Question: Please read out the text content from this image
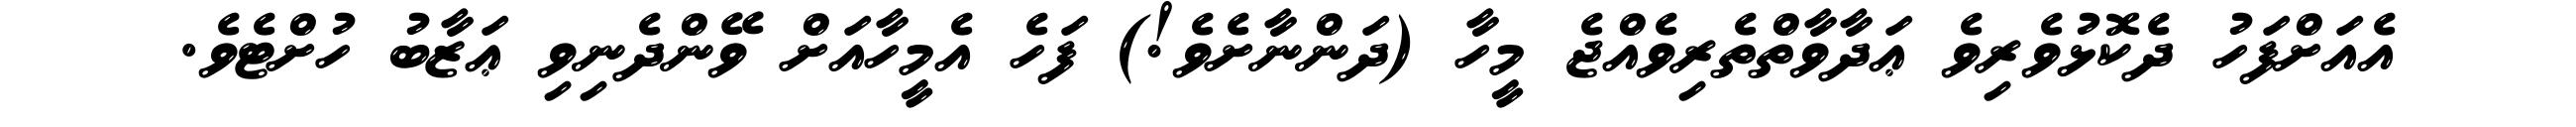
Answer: އެއަށްފަހު ދެކޮޅުވެރިވެ ޢަދާވާތްތެރިވެއްޖެ މީހާ (ދަންނާށެވެ!) ފަހެ އެމީހާއަށް ވޭންދެނިވި ޢަޒާބު ހުށްޓެވެ.